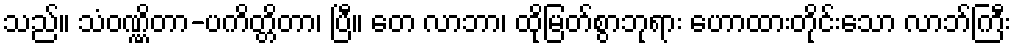
သည်။ သံဝဏ္ဏိတာ-ပကိတ္တိတာ၊ ပြီ။ တေ လာဘာ၊ ထိုမြတ်စွာဘုရား ဟောထားတိုင်းသော လာဘ်ကြီး